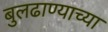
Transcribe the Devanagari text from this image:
बुलढाण्याच्या